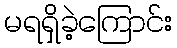
မရရှိခဲ့ကြောင်း